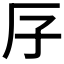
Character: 𠨯